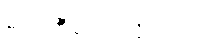
မင်း ထီပေါက်လို့လား။